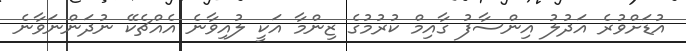
އުޑަށްވުރެ އަދުލު އިންސާފު ގާއިމް ކުރުމުގެ ޒިންމާ އަކީ ލުއިވާނެ އެއްޗެކޭ ނުދަންނަވާނެ